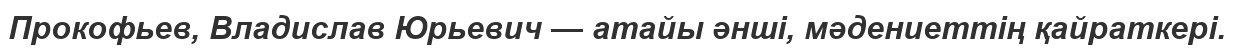
Прокофьев, Владислав Юрьевич — атайы әнші, мәдениеттің қайраткері.